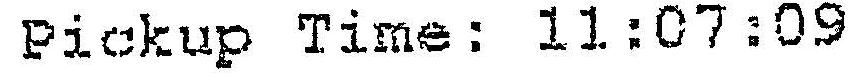
PICKUP TIME: 11:07:09